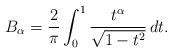
LaTeX: \begin{align*}B_\alpha=\frac{2}{\pi}\int_0^1\frac{t^\alpha}{\sqrt{1-t^2}}\, dt.\end{align*}